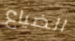
الضياع